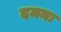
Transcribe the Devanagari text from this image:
दमनः